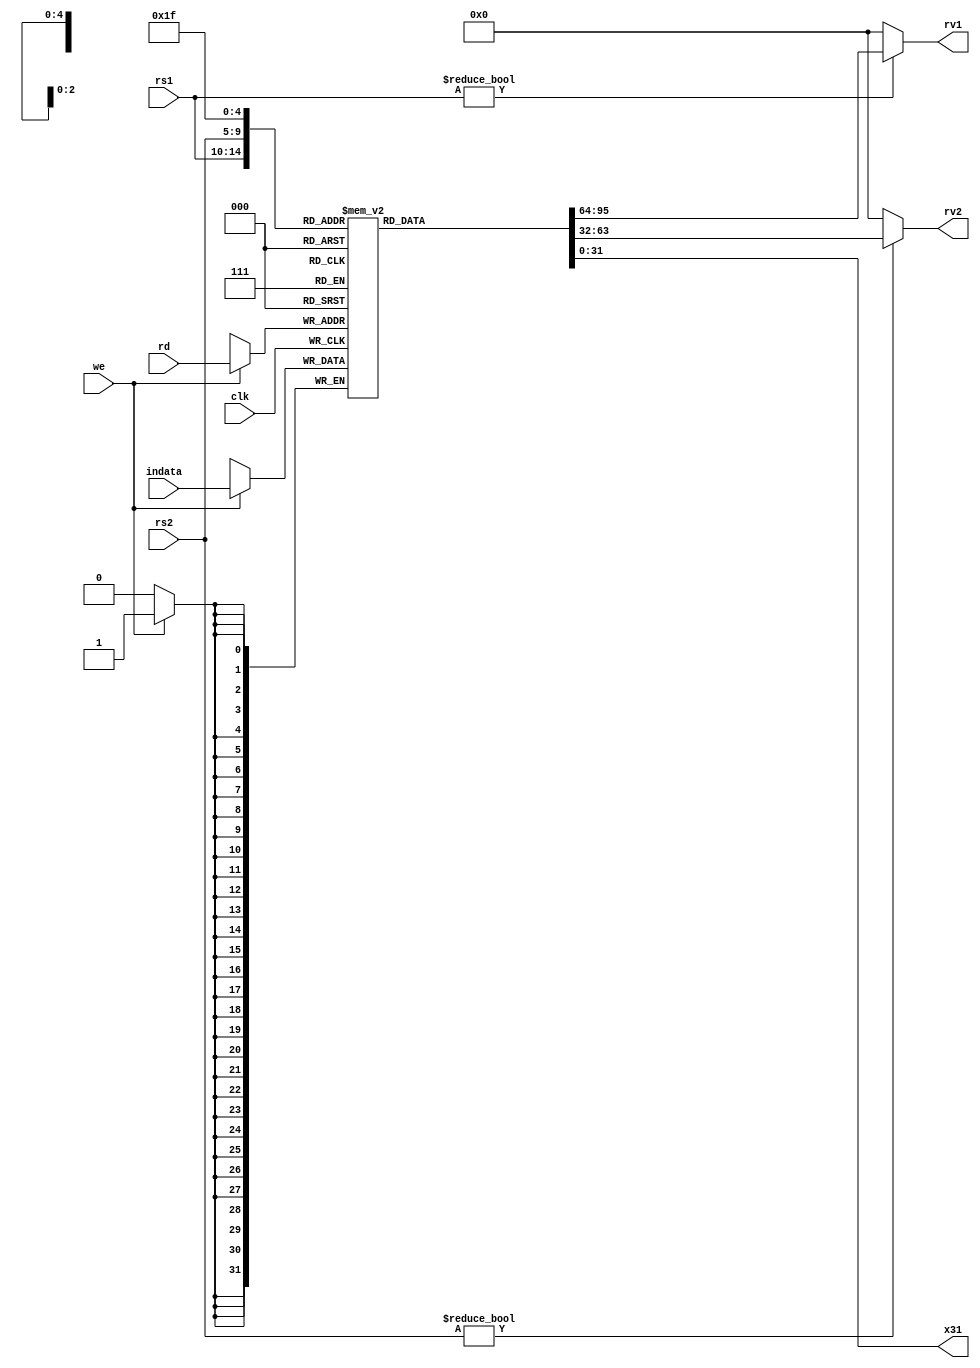
`timescale 1ns / 1ps
//////////////////////////////////////////////////////////////////////////////////
// Company: 
// Engineer: 
// 
// Design Name: 
// Module Name:    regfile 
// Project Name: 
// Target Devices: 
// Tool versions: 
// Description: 
//
// Dependencies: 
//
// Revision: 
// Revision 0.01 - File Created
// Additional Comments: 
//
//////////////////////////////////////////////////////////////////////////////////
module regfile(
    input [4:0] rs1,
    input [4:0] rs2,
    input [4:0] rd,
    input [31:0] indata,
    input  we,
    input clk,
    output [31:0] rv1,
    output [31:0] rv2,
	 output [31:0] x31
    );

reg [31:0] RF[31:0];

integer i;

integer j;
initial begin
  for(j = 0; j < 32; j = j+1) 
    RF[j] = {32{1'b0}};
end


 assign rv1 = (rs1 !=0) ? RF[rs1] : 0;
 assign rv2 = (rs2 !=0) ? RF[rs2] : 0;
 assign x31 = RF[31];

 
always @ (posedge clk) begin
if(we)
	begin
		RF[rd] <= indata;
	end 
	
end
endmodule